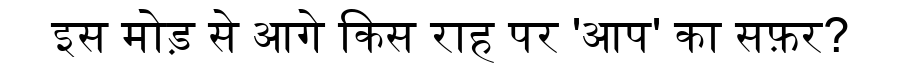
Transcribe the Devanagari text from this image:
इस मोड़ से आगे किस राह पर 'आप' का सफ़र?